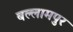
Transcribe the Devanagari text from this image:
बल्लामपुर